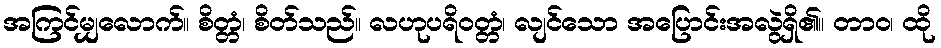
အကြင်မျှလောက်။ စိတ္တံ၊ စိတ်သည်။ လဟုပရိဝတ္တံ၊ လျင်သော အပြောင်းအလွဲရှိ၏။ တာဝ၊ ထို